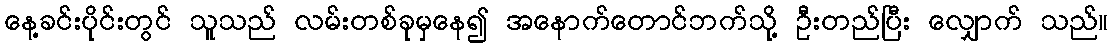
နေ့ခင်းပိုင်းတွင် သူသည် လမ်းတစ်ခုမှနေ၍ အနောက်တောင်ဘက်သို့ ဦးတည်ပြီး လျှောက် သည်။